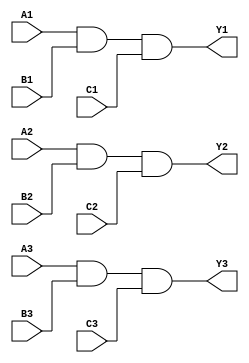
// -*- mode: verilog -*-

/*
 * 74x11: Tripple 3-input AND gate
 */
module top(A1, B1, C1, Y1,
           A2, B2, C2, Y2,
           A3, B3, C3, Y3);

   (* LOC = "FB1_1" *) input A1;
   (* LOC = "FB1_2" *) input B1;
   (* LOC = "FB1_3" *) input C1;
   (* LOC = "FB1_4" *) output Y1;

   (* LOC = "FB1_5" *) input A2;
   (* LOC = "FB1_6" *) input B2;
   (* LOC = "FB1_7" *) input C2;
   (* LOC = "FB1_8" *) output Y2;

   (* LOC = "FB1_9" *) input A3;
   (* LOC = "FB1_10" *) input B3;
   (* LOC = "FB1_11" *) input C3;
   (* LOC = "FB1_12" *) output Y3;

   assign Y1 = (A1 & B1 & C1);
   assign Y2 = (A2 & B2 & C2);
   assign Y3 = (A3 & B3 & C3);

endmodule